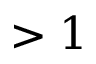
> 1